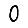
Digit: 0